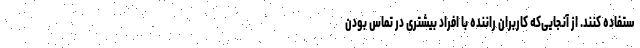
ستفاده کنند. از آنجایی‌که کاربران راننده با افراد بیشتری در تماس بودن